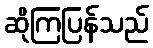
ဆိုကြပြန်သည်